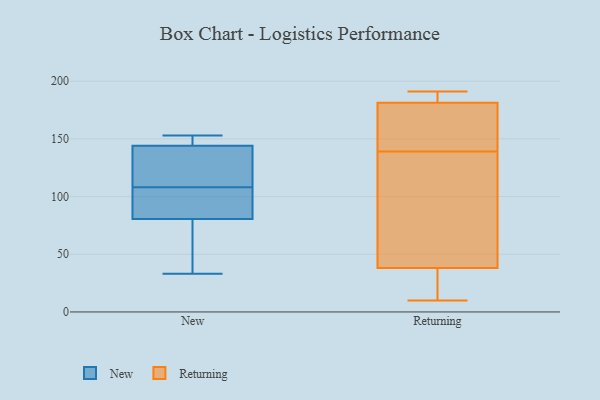
{"axis": {"x": "Net Income (USD K)", "y": "Value"}, "legend": ["New", "Returning"], "data": [{"x": "", "y": 150, "type": "New"}, {"x": "", "y": 118, "type": "New"}, {"x": "", "y": 140, "type": "New"}, {"x": "", "y": 72, "type": "New"}, {"x": "", "y": 33, "type": "New"}, {"x": "", "y": 109, "type": "New"}, {"x": "", "y": 59, "type": "New"}, {"x": "", "y": 89, "type": "New"}, {"x": "", "y": 89, "type": "New"}, {"x": "", "y": 153, "type": "New"}, {"x": "", "y": 107, "type": "New"}, {"x": "", "y": 148, "type": "New"}, {"x": "", "y": 39, "type": "Returning"}, {"x": "", "y": 12, "type": "Returning"}, {"x": "", "y": 191, "type": "Returning"}, {"x": "", "y": 181, "type": "Returning"}, {"x": "", "y": 101, "type": "Returning"}, {"x": "", "y": 172, "type": "Returning"}, {"x": "", "y": 35, "type": "Returning"}, {"x": "", "y": 156, "type": "Returning"}, {"x": "", "y": 139, "type": "Returning"}, {"x": "", "y": 124, "type": "Returning"}, {"x": "", "y": 189, "type": "Returning"}, {"x": "", "y": 182, "type": "Returning"}, {"x": "", "y": 10, "type": "Returning"}]}